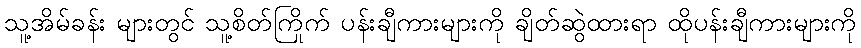
သူ့အိမ်ခန်း များတွင် သူ့စိတ်ကြိုက် ပန်းချီကားများကို ချိတ်ဆွဲထားရာ ထိုပန်းချီကားများကို